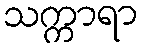
သက္ကာရာ